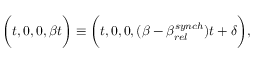
\bigg ( t , 0 , 0 , \beta t \bigg ) \equiv \bigg ( t , 0 , 0 , ( \beta - \beta _ { r e l } ^ { s y n c h } ) t + \delta \bigg ) ,